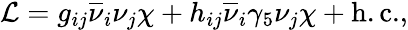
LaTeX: {\cal L}=g_{ij}\overline{{{\nu}}}_{i}\nu_{j}\chi+h_{ij}\overline{{{\nu}}}_{i}\gamma_{5}\nu_{j}\chi+\mathrm{h.c.},